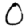
Digit: 0